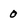
Character: o